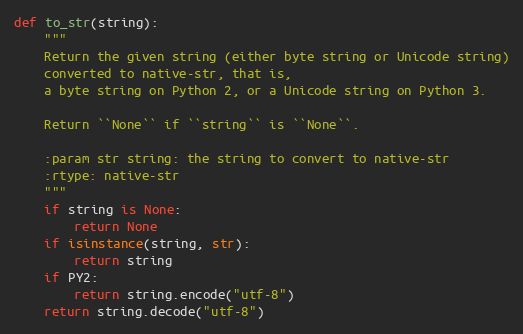
Language: Python
def to_str(string):
    """
    Return the given string (either byte string or Unicode string)
    converted to native-str, that is,
    a byte string on Python 2, or a Unicode string on Python 3.

    Return ``None`` if ``string`` is ``None``.

    :param str string: the string to convert to native-str
    :rtype: native-str
    """
    if string is None:
        return None
    if isinstance(string, str):
        return string
    if PY2:
        return string.encode("utf-8")
    return string.decode("utf-8")